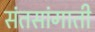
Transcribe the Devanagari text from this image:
संतसांगाती